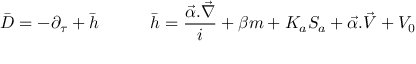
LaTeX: \bar { D } = - \partial _ { \tau } + \bar { h } \quad \quad \quad \bar { h } = \frac { \vec { \alpha } . \vec { \nabla } } i + \beta m + K _ { a } S _ { a } + \vec { \alpha } . \vec { V } + V _ { 0 }